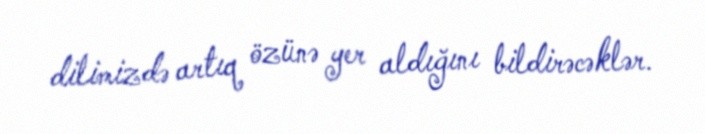
dilimizdə artıq özünə yer aldığını bildirəcəklər.